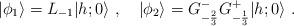
LaTeX: \begin{align*}\vert\phi_1\rangle=L_{-1}\vert{h;0}\rangle{}~,{}~{}~{}~\vert\phi_2\rangle=G^-_ {-{2\over3}}G^+_{-{1\over3}}\vert{h;0}\rangle{}~.\end{align*}